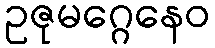
ဥဇုမဂ္ဂေနေဝ